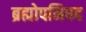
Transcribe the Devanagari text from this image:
ब्रह्मोपनिषद